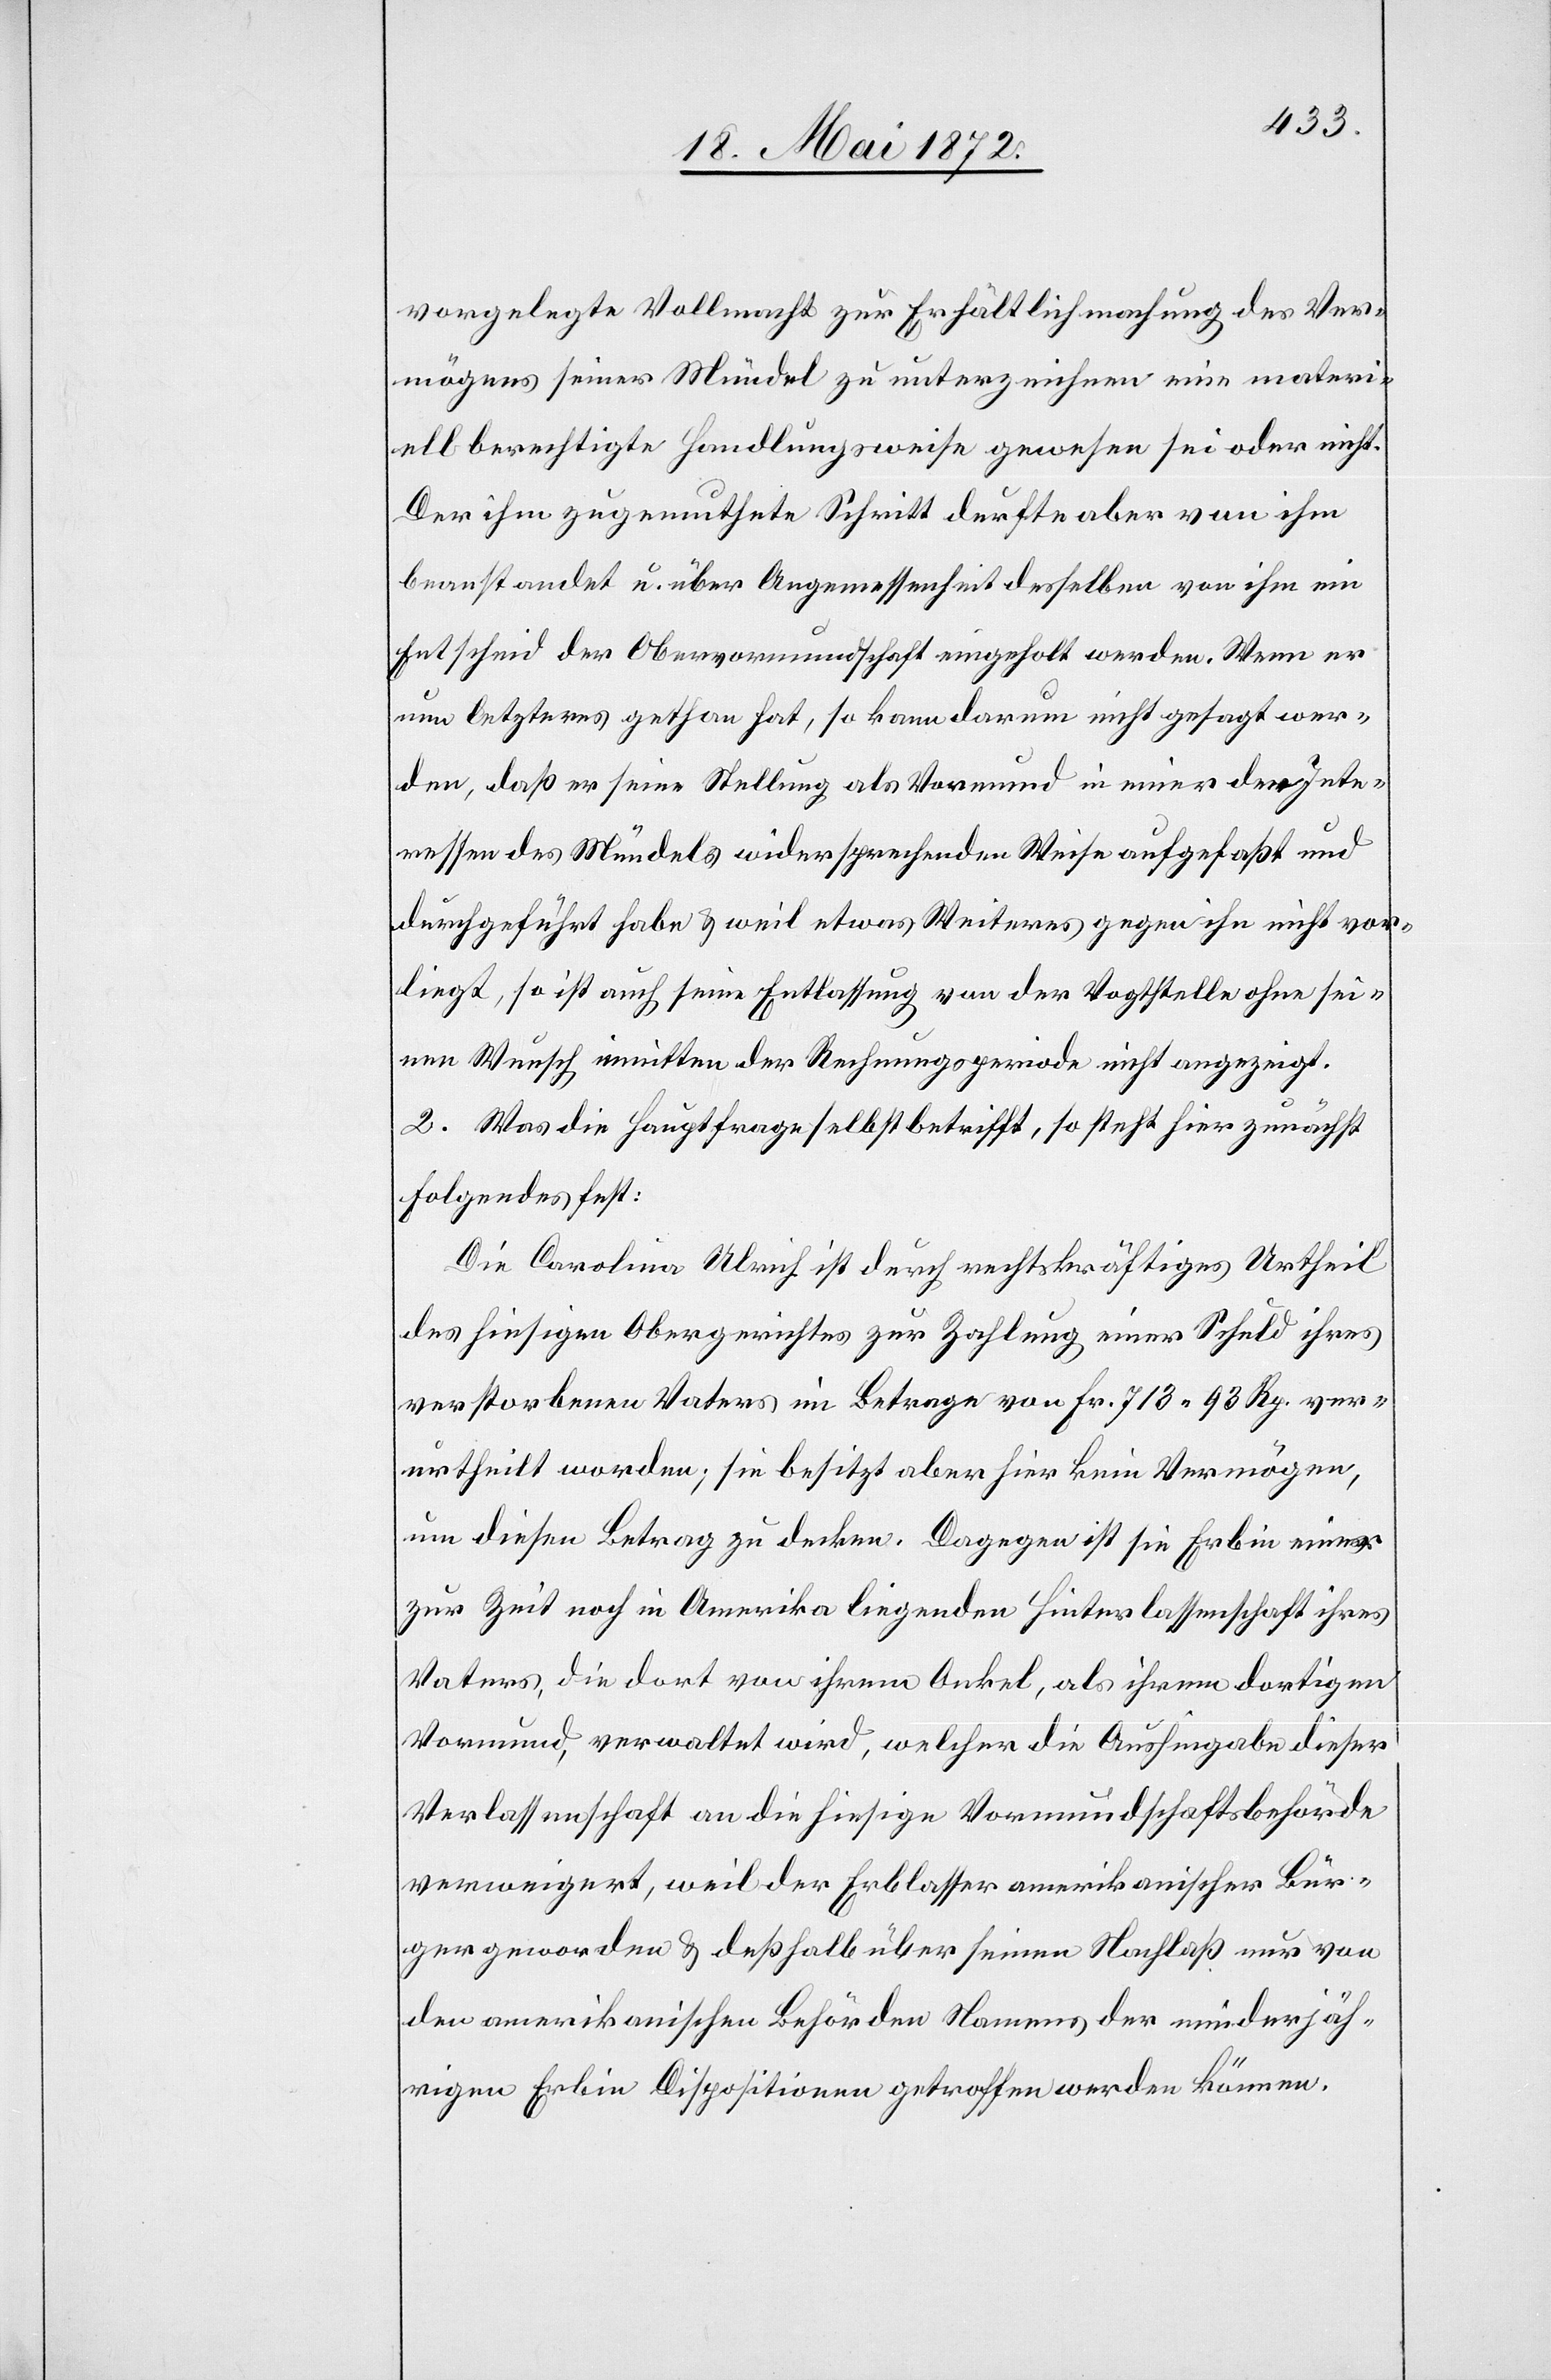
vorgelegte Vollmacht zur Erhältlichmachung des Ver¬
mögens seiner Mündel zu unterzeichnen eine materi¬
ell berechtigte Handlungsweise gewesen sei oder nicht.
Der ihm zugemuthete Schritt durfte aber von ihm
beanstandet u. über Angemessenheit desselben von ihm ein
Entscheid der Obervormundschaft eingeholt werden. Wenn er
nun letzteres gethan hat, so kann darum nicht gesagt wer¬
den, daß er seine Stellung als Vormund in einer den Inte¬
ressen des Mündels widersprechenden Weise aufgefaßt und
durchgeführt habe u. weil etwas Weiteres gegen ihn nicht vor¬
liegt, so ist auch seine Entlassung von der Vogtstelle ohne sei¬
nen Wunsch inmitten der Rechnungsperiode nicht angezeigt.
2. Was die Hauptfrage selbst betrifft, so steht hier zunächst
folgendes fest:
Die Carolina Ulrich ist durch rechtskräftiges Urtheil
des hiesigen Obergerichtes zur Zahlung einer Schuld ihres
verstorbenen Vaters im Betrage von Fr. 713 93 Rp. ver¬
urtheilt worden; sie besitzt aber hier kein Vermögen,
um diesen Betrag zu decken. Dagegen ist sie Erbin einer
zur Zeit noch in Amerika liegenden Hinterlassenschaft ihres
Vaters, die dort von ihrem Onkel, als ihrem dortigen
Vormund, verwaltet wird, welcher die Aushingabe dieser
Verlassenschaft an die hiesige Vormundschaftsbehörde
verweigert, weil der Erblasser amerikanischer Bür¬
ger geworden u. deßhalb über seinen Nachlaß nur von
den amerikanischen Behörden Namens der minderjäh¬
rigen Erbin Dispositionen getroffen werden können.